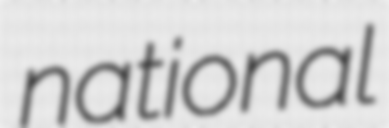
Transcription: national